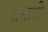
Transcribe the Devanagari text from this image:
तमादी